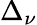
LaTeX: \Delta_{\nu}